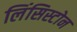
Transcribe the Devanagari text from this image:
लिंसिस्टोन